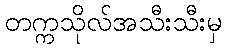
တက္ကသိုလ်အသီးသီးမှ